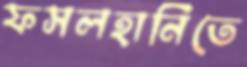
ফসলহানিতে